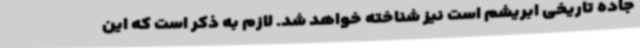
جاده تاریخی ابریشم است نیز شناخته خواهد شد. لازم به ذکر است که این